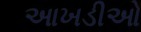
આખડીઓ